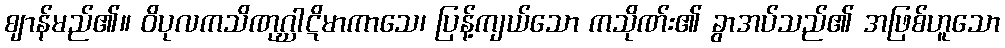
ဈာန်မည်၏။ ဝိပုလကသိဏုဂ္ဃါဋိမာကာသေ၊ ပြန့်ကျယ်သော ကသိုဏ်း၏ ခွာအပ်သည်၏ အဖြစ်ဟူသော